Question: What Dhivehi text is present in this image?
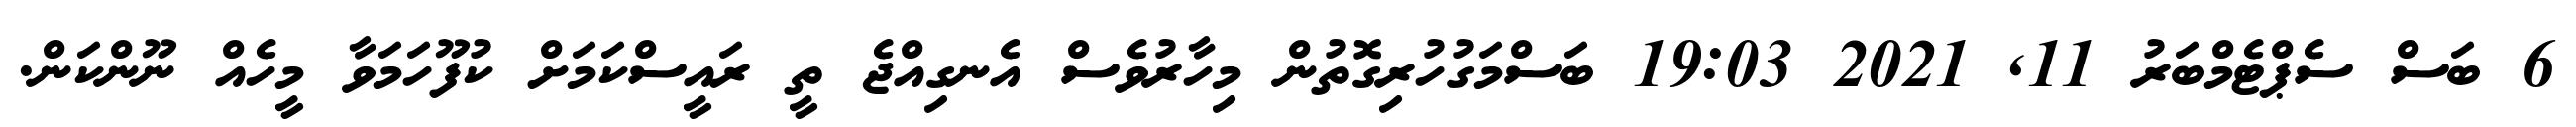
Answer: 6 ބަސް ސެޕްޓެމްބަރު 11, 2021 19:03 ބަސްމަގުހުރިގޮތުން މިހާރުވެސް އެނގިއްޖެ ތީ ރައީސްކަމަށް ކުފޫހަމަވާ މީހެއް ނޫންކަން.